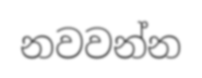
නවවන්න